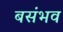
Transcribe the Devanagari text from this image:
बसंभव